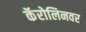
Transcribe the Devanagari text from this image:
कॅरोलिनवर